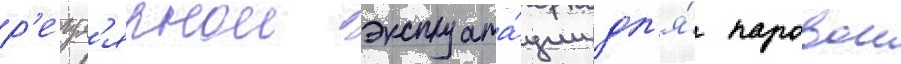
р'егул'ярнои эксплуата́ции дл'я́ паровои